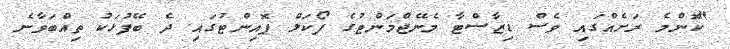
"ކޮންމެ ރަށެއްގައި ވެސް ޑިޒާސްޓާ މެނޭޖްމަންޓުގެ ފޯކަލް ޕޮއިންޓުގައި ދެ ބޭފުޅަކު ތިއްބަވާނެ